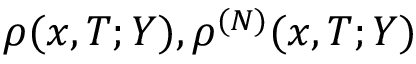
\rho ( x , T ; Y ) , \rho ^ { ( N ) } ( x , T ; Y )